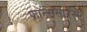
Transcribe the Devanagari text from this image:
फ्रान्ससारखे